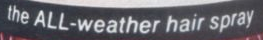
the ALL-weather hair spray